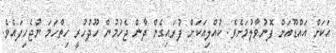
އަކަށް އައްޑޫއަށް ފޮނުވާލުމަށެވެ. ކުއްލިއަކަށް ފުރައިގެން ދާން ޖެހުމުން ހޫދުހުރީ ހިތްހަމަ ނުޖެހިފައެވެ.